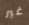
غير